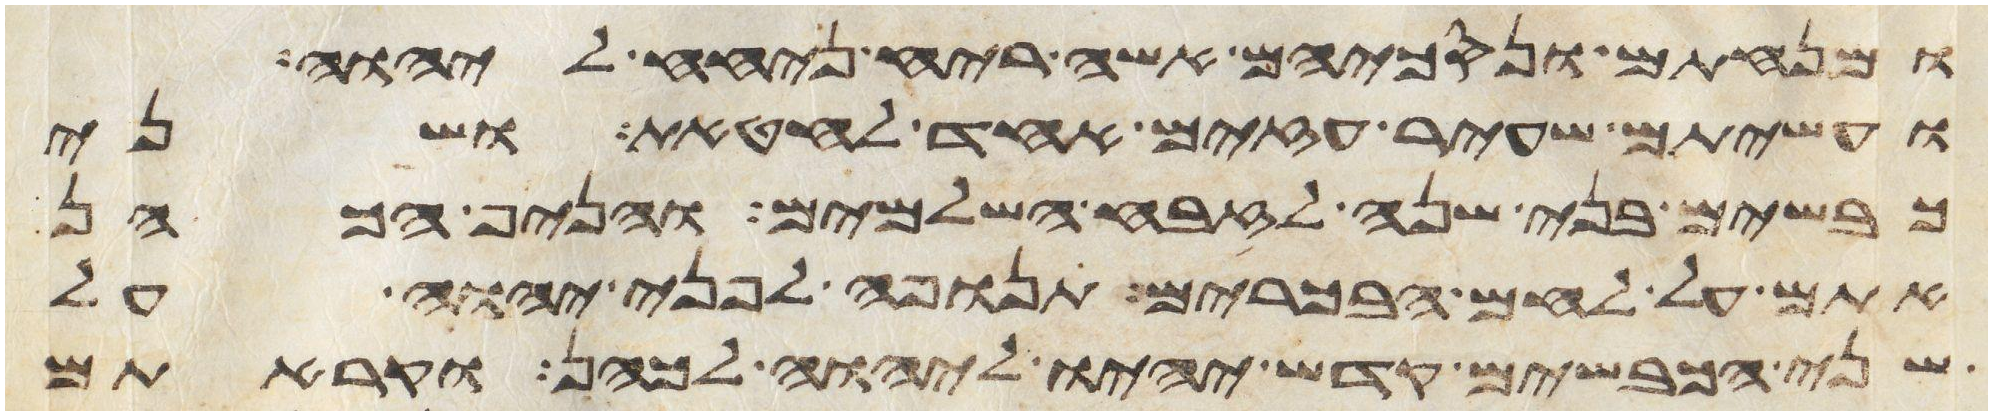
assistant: ומנחתם ונסכיהם אשה ריח ניחח ליהוה
ועשיתם שעיר עזים אחד לחטאת ושני
כבשים בני שנה לזבח השלמים והניף הכהן
אתם על לחם הבכורים תנופה לפני יהוה על
שני הכבשים קדש יהיו ליהוה לכהן וקראתם